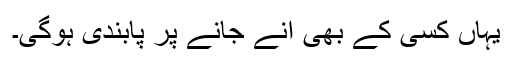
یہاں کسی کے بھی آنے جانے پر پابندی ہوگی۔